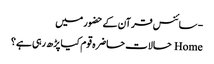
- سائنس قرآن کے حضور میں
Home حالات حاضرہ قوم کیا پڑھ رہی ہے؟